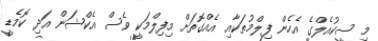
މި ސީކުއެލްގެ އެހެން ފިލްމުތަކާއި އެއްގޮތަށް މިފިލްމަކީ ވެސް އެކްޝަން އަދި ކޮމެޑީ